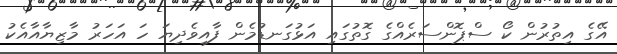
އޭގެ އިތުރުން ކޯ ސްޕޮންސަރެއްގެ ގޮތުގައި އަޅުގަނޑުމެން ފާއިވެދިޔަ ހަ އަހަރު މާޒިޔާއާއެކު